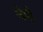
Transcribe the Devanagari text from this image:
जेभी